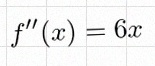
f''(x)=6x